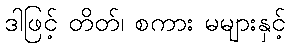
ဒါဖြင့် တိတ်၊ စကား မများနှင့်